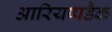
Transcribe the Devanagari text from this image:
आरियप्पडैक